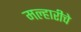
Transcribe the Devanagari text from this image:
मल्हारीचे